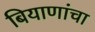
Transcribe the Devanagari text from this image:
बियाणांचा